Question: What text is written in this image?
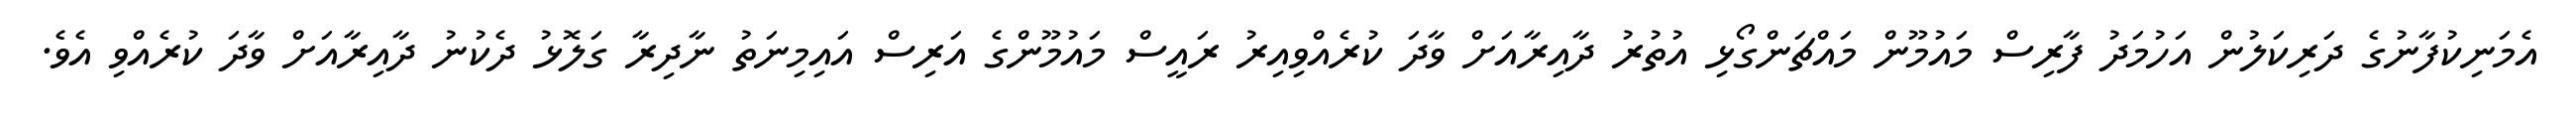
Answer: އެމަނިކުފާނުގެ ދަރިކަލުން އަހުމަދު ފާރިސް މައުމޫން މައްޗަންގޯޅި އުތުރު ދާއިރާއަށް ވާދަ ކުރެއްވިއިރު ރައީސް މައުމޫންގެ އަރިސް އައިމިނަތު ނާދިރާ ގަލޮޅު ދެކުނު ދާއިރާއަށް ވާދަ ކުރެއްވި އެވެ.